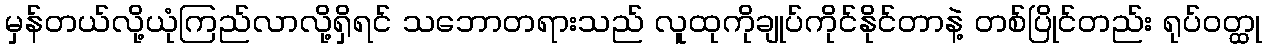
မှန်တယ်လို့ယုံကြည်လာလို့ရှိရင် သဘောတရားသည် လူထုကိုချုပ်ကိုင်နိုင်တာနဲ့ တစ်ပြိုင်တည်း ရုပ်ဝတ္ထု